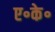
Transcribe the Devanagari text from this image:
ए॰के॰